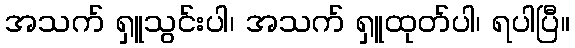
အသက် ရှူသွင်းပါ၊ အသက် ရှူထုတ်ပါ၊ ရပါပြီ။